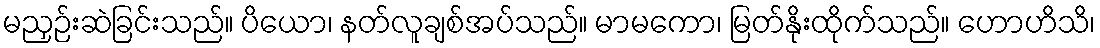
မညှဉ်းဆဲခြင်းသည်။ ပိယော၊ နတ်လူချစ်အပ်သည်။ မာမကော၊ မြတ်နိုးထိုက်သည်။ ဟောဟိသိ၊